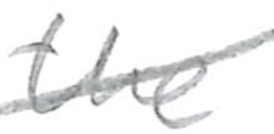
Text: the
Cross-out: diagonal
Writing tool: pencil